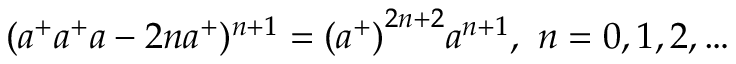
( a ^ { + } a ^ { + } a - 2 n a ^ { + } ) ^ { n + 1 } = { ( a ^ { + } ) } ^ { 2 n + 2 } a ^ { n + 1 } , \ n = 0 , 1 , 2 , \ldots